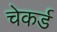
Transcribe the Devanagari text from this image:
चेकर्ड